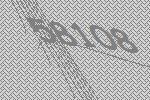
58108